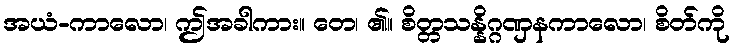
အယံ-ကာလော၊ ဤအခါကား။ တေ၊ ၏။ စိတ္တသန္နိဂ္ဂဏှနကာလော၊ စိတ်ကို